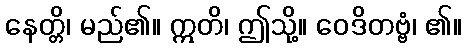
နေတ္တိ၊ မည်၏။ ဣတိ၊ ဤသို့။ ဝေဒိတဗ္ဗံ၊ ၏။